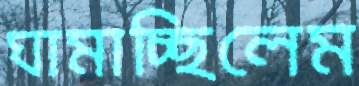
ঘামাচ্ছিলেম